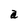
Character: a